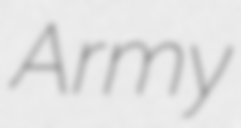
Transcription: Army